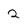
Character: 2